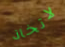
لاتخاذ